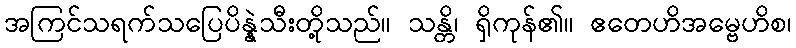
အကြင်သရက်သပြေပိန္နဲသီးတို့သည်။ သန္တိ၊ ရှိကုန်၏။ ဧတေဟိအမ္ဗေဟိစ၊